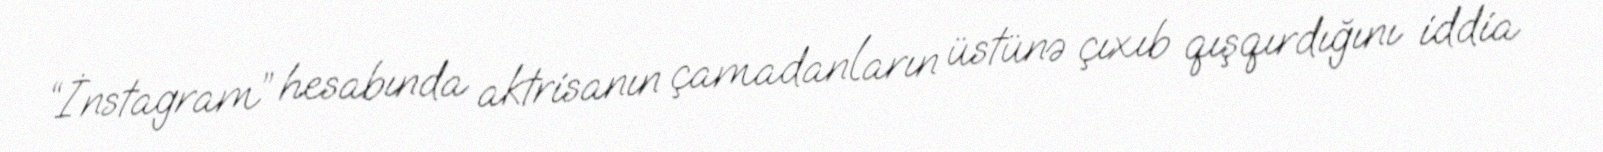
“İnstagram” hesabında aktrisanın çamadanların üstünə çıxıb qışqırdığını iddia